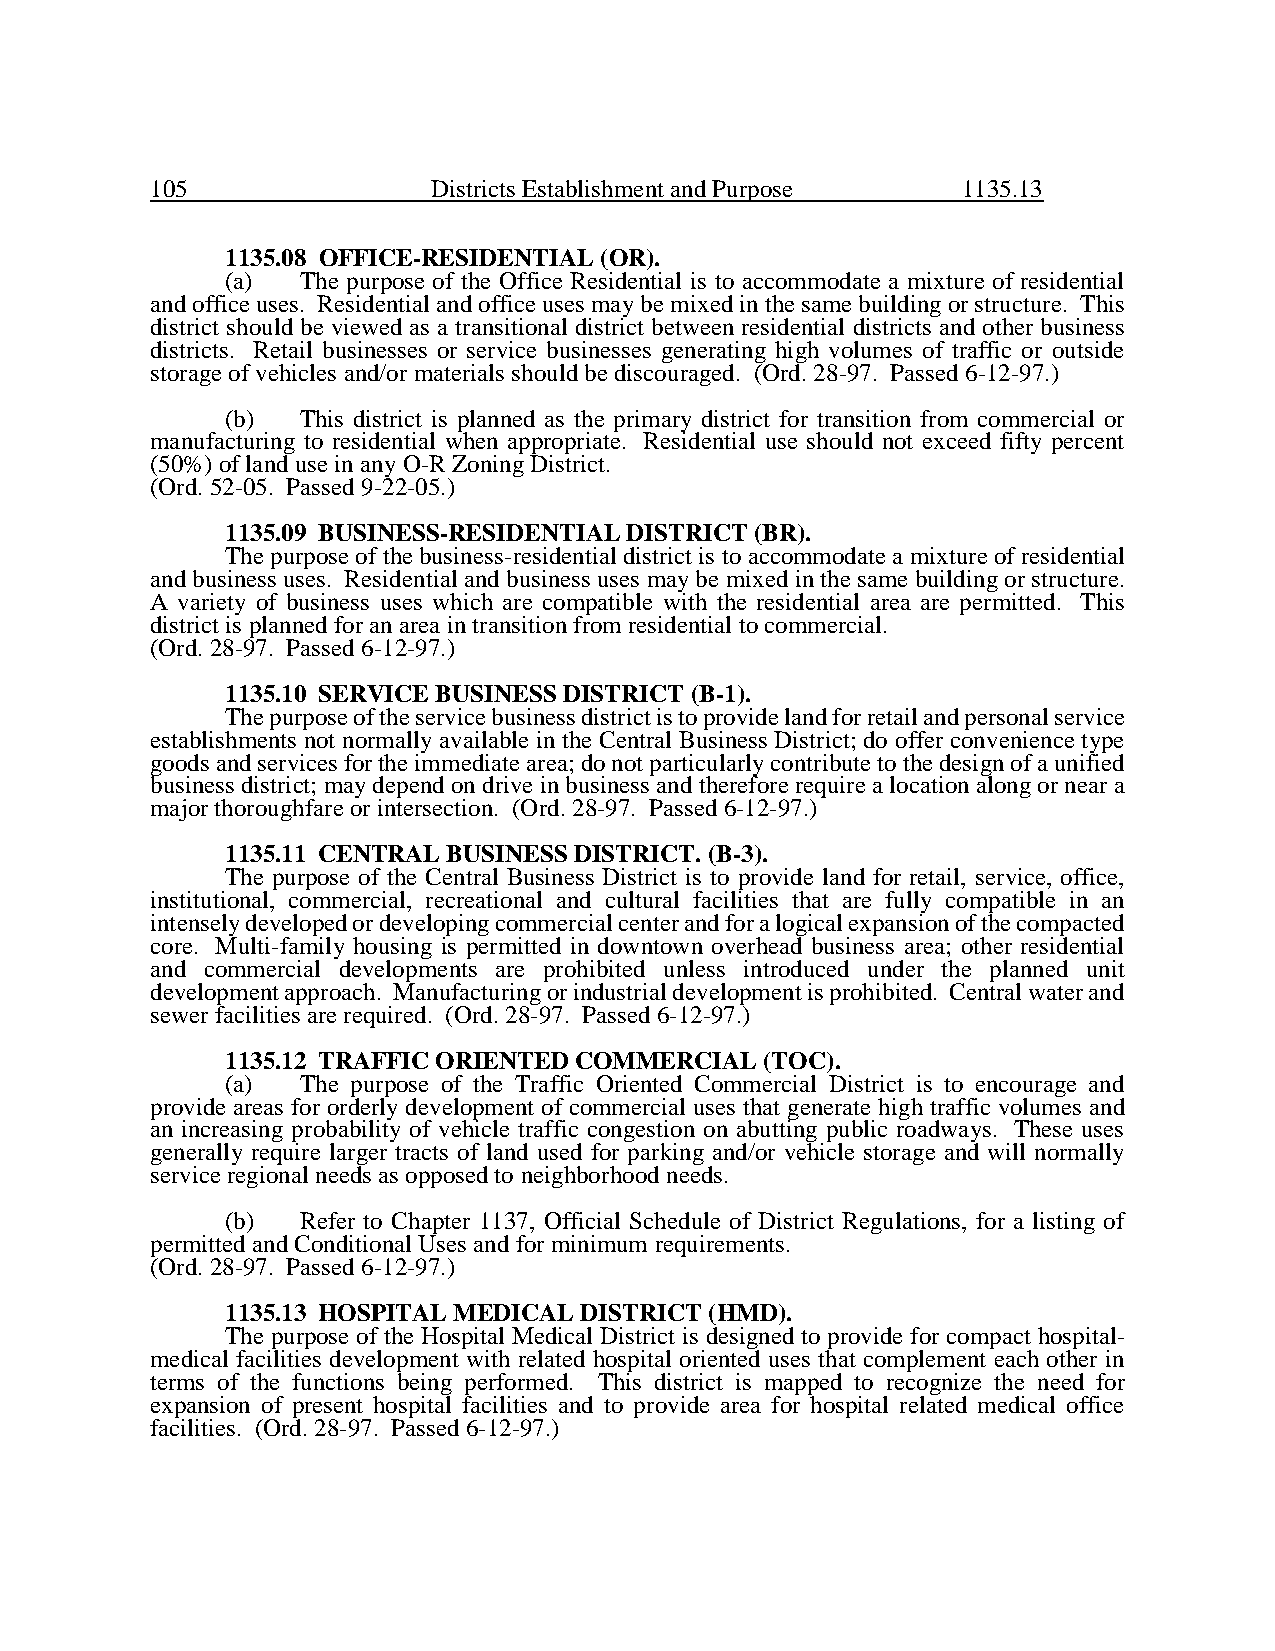
105                Districts Establishment and Purpose 1135.13
 1135.08 OFFICE-RESIDENTIAL (OR).
 (a)  The purpose of the Office Residential is to accommodate a mixture of residential
 and office uses. Residential and office uses may be mixed in the same building or structure. This
 district should be viewed as a transitional district between residential districts and other business
 districts. Retail businesses or service businesses generating high volumes of traffic or outside
 storage of vehicles and/or materials should be discouraged. (Ord. 28-97. Passed 6-12-97.)
 (b)  This district is planned as the primary district for transition from commercial or
 manufacturing to residential when appropriate. Residential use should not exceed fifty percent
 (50%) of land use in any O-R Zoning District.
 (Ord. 52-05. Passed 9-22-05.)
 1135.09 BUSINESS-RESIDENTIAL DISTRICT (BR).
 The purpose of the business-residential district is to accommodate a mixture of residential
 and business uses. Residential and business uses may be mixed in the same building or structure.
 A variety of business uses which are compatible with the residential area are permitted. This
 district is planned for an area in transition from residential to commercial.
 (Ord. 28-97. Passed 6-12-97.)
 1135.10 SERVICE BUSINESS DISTRICT (B-1).
 The purpose of the service business district is to provide land for retail and personal service
 establishments not normally available in the Central Business District; do offer convenience type
 goods and services for the immediate area; do not particularly contribute to the design of a unified
 business district; may depend on drive in business and therefore require a location along or near a
 major thoroughfare or intersection. (Ord. 28-97. Passed 6-12-97.)
 1135.11 CENTRAL BUSINESS DISTRICT. (B-3).
 The purpose of the Central Business District is to provide land for retail, service, office,
 institutional, commercial, recreational and cultural facilities that are fully compatible in an
 intensely developed or developing commercial center and for a logical expansion of the compacted
 core. Multi-family housing is permitted in downtown overhead business area; other residential
 and commercial developments are prohibited unless introduced under the planned unit
 development approach. Manufacturing or industrial development is prohibited. Central water and
 sewer facilities are required. (Ord. 28-97. Passed 6-12-97.)
 1135.12 TRAFFIC ORIENTED COMMERCIAL (TOC).
 (a)  The purpose of the Traffic Oriented Commercial District is to encourage and
 provide areas for orderly development of commercial uses that generate high traffic volumes and
 an increasing probability of vehicle traffic congestion on abutting public roadways. These uses
 generally require larger tracts of land used for parking and/or vehicle storage and will normally
 service regional needs as opposed to neighborhood needs.
 (b)  Refer to Chapter 1137, Official Schedule of District Regulations, for a listing of
 permitted and Conditional Uses and for minimum requirements.
 (Ord. 28-97. Passed 6-12-97.)
 1135.13 HOSPITAL MEDICAL DISTRICT (HMD).
 The purpose of the Hospital Medical District is designed to provide for compact hospital-
 medical facilities development with related hospital oriented uses that complement each other in
 terms of the functions being performed. This district is mapped to recognize the need for
 expansion of present hospital facilities and to provide area for hospital related medical office
 facilities. (Ord. 28-97. Passed 6-12-97.)